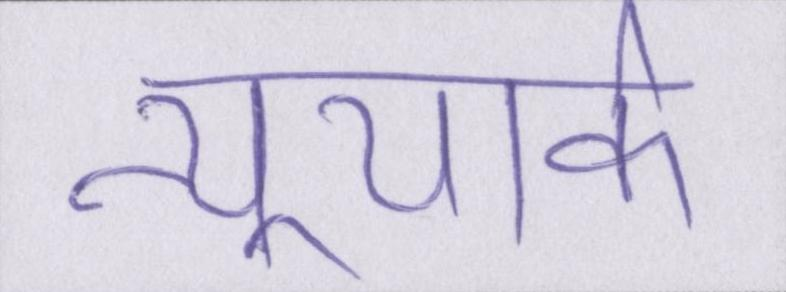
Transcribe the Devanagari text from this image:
न्यूयार्क